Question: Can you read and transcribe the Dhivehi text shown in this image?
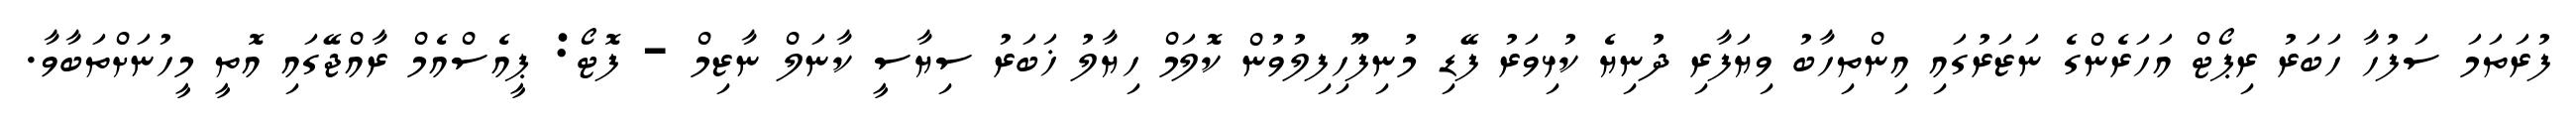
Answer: ފުރަތަމަ ސަފުހާ ހަބަރު ރިޕޯޓް އަހަރެންގެ ނަޒަރުގައި އިންތިހާބު ވިޔަފާރި ދުނިޔެ ކުޅިވަރު ފޭޑި މުނިފޫހިފިލުވުން ކޮލަމް ހިޔާލު ޚަބަރު ސިޔާސީ ކާނަލް ނާޒިމް - ފޮޓޯ: ޕީއެސްއެމް ރާއްޖޭގައި އޮތީ މީހުނަށްތަބާވާ.